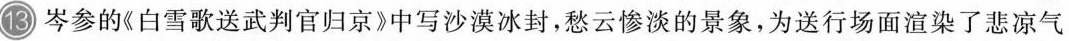
13 岑参的《白雪歌送武判官归京》中写沙漠冰封，愁云惨淡的景象，为送行场面渲染了悲凉气